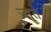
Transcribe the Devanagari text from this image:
ज़ाते